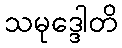
သမုဒ္ဒေါတိ